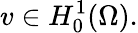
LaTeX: v\in H_{0}^{1}(\Omega).